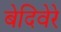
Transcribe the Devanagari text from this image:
बेदिवेरे